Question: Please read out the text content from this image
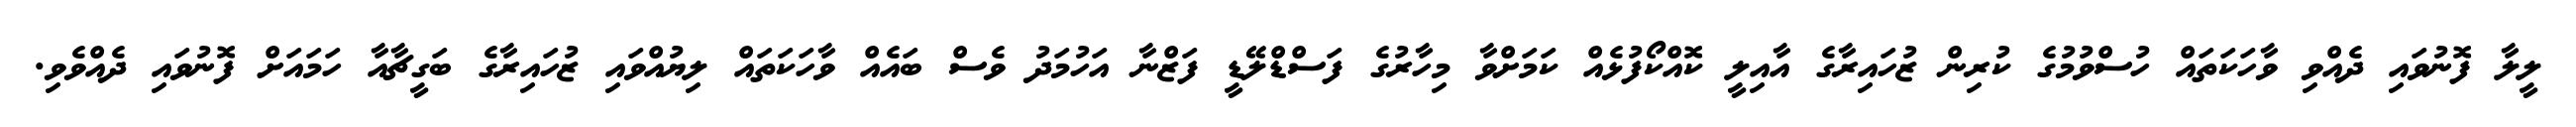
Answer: ލީލާ ފޮނުވައި ދެއްވި ވާހަކަތައް ހުސްވުމުގެ ކުރިން ޒުހައިރާގެ އާއިލީ ކޮއްކޯފުޅެއް ކަމަށްވާ މިހާރުގެ ފަސްޑްލޭޑީ ފަޒްނާ އަހުމަދު ވެސް ބައެއް ވާހަކަތައް ލިޔުއްވައި ޒުހައިރާގެ ބަގީޗާއާ ހަމައަށް ފޮނުވައި ދެއްވެވި.